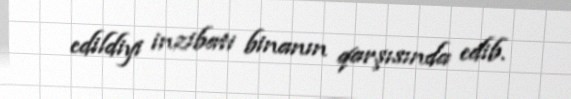
edildiyi inzibati binanın qarşısında edib.